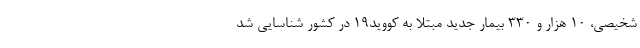
شخیصی، ۱۰ هزار و ۳۳۰ بیمار جدید مبتلا به کووید۱۹ در کشور شناسایی شد